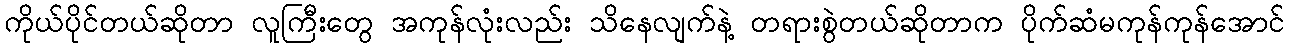
ကိုယ်ပိုင်တယ်ဆိုတာ လူကြီးတွေ အကုန်လုံးလည်း သိနေလျက်နဲ့ တရားစွဲတယ်ဆိုတာက ပိုက်ဆံမကုန်ကုန်အောင်